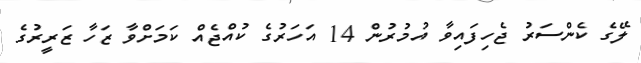
ލޭގެ ކެންސަރު ޖެހިފައިވާ އުމުރުން 14 އަހަރުގެ ކުއްޖެއް ކަމަށްވާ ޒަހާ ޒަރީރުގެ